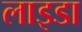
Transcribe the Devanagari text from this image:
लाइडा